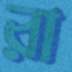
রা